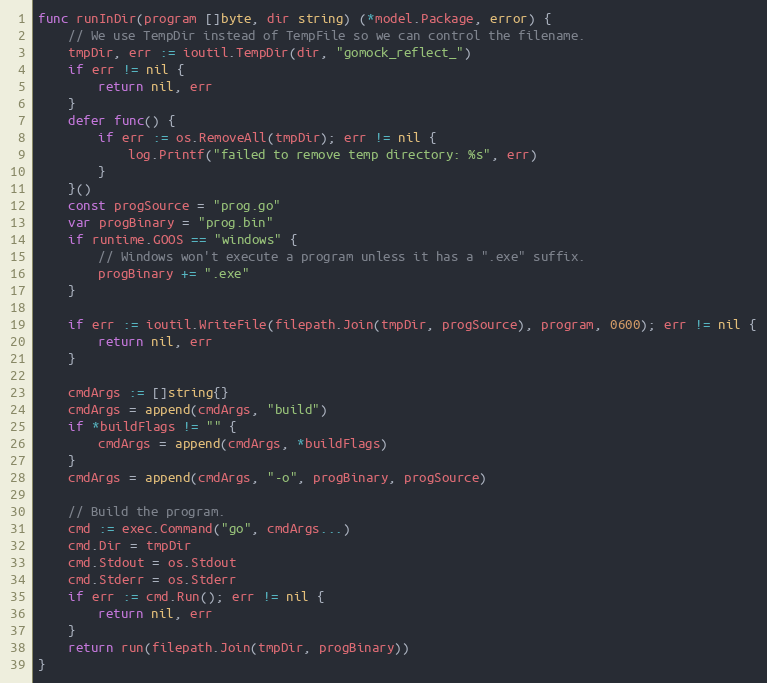
Language: Go
func runInDir(program []byte, dir string) (*model.Package, error) {
	// We use TempDir instead of TempFile so we can control the filename.
	tmpDir, err := ioutil.TempDir(dir, "gomock_reflect_")
	if err != nil {
		return nil, err
	}
	defer func() {
		if err := os.RemoveAll(tmpDir); err != nil {
			log.Printf("failed to remove temp directory: %s", err)
		}
	}()
	const progSource = "prog.go"
	var progBinary = "prog.bin"
	if runtime.GOOS == "windows" {
		// Windows won't execute a program unless it has a ".exe" suffix.
		progBinary += ".exe"
	}

	if err := ioutil.WriteFile(filepath.Join(tmpDir, progSource), program, 0600); err != nil {
		return nil, err
	}

	cmdArgs := []string{}
	cmdArgs = append(cmdArgs, "build")
	if *buildFlags != "" {
		cmdArgs = append(cmdArgs, *buildFlags)
	}
	cmdArgs = append(cmdArgs, "-o", progBinary, progSource)

	// Build the program.
	cmd := exec.Command("go", cmdArgs...)
	cmd.Dir = tmpDir
	cmd.Stdout = os.Stdout
	cmd.Stderr = os.Stderr
	if err := cmd.Run(); err != nil {
		return nil, err
	}
	return run(filepath.Join(tmpDir, progBinary))
}